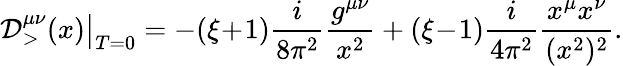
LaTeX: {\cal D}_{>}^{\mu\nu}(x)\big|_{T=0}=-(\xi\! +\! 1){\frac{i}{8\pi^{2}}}{\frac{g^{\mu\nu}}{x^{2}}}+(\xi\! -\! 1){\frac{i}{4\pi^{2}}}{\frac{x^{\mu}x^{\nu}}{(x^{2})^{2}}}.